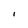
Character: I